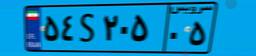
۷۵S۵۶۴۹۴